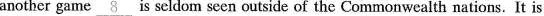
another game \underline{ 8 } is seldom seen outside of the Commonwealth nations. It is